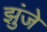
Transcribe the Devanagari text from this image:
झुंजे